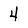
Character: 4